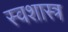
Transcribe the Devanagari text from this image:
स्वशास्त्र